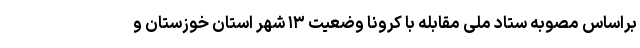
براساس مصوبه ستاد ملی مقابله با کرونا وضعیت ۱۳ شهر استان خوزستان و